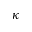
\kappa